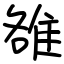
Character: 雒